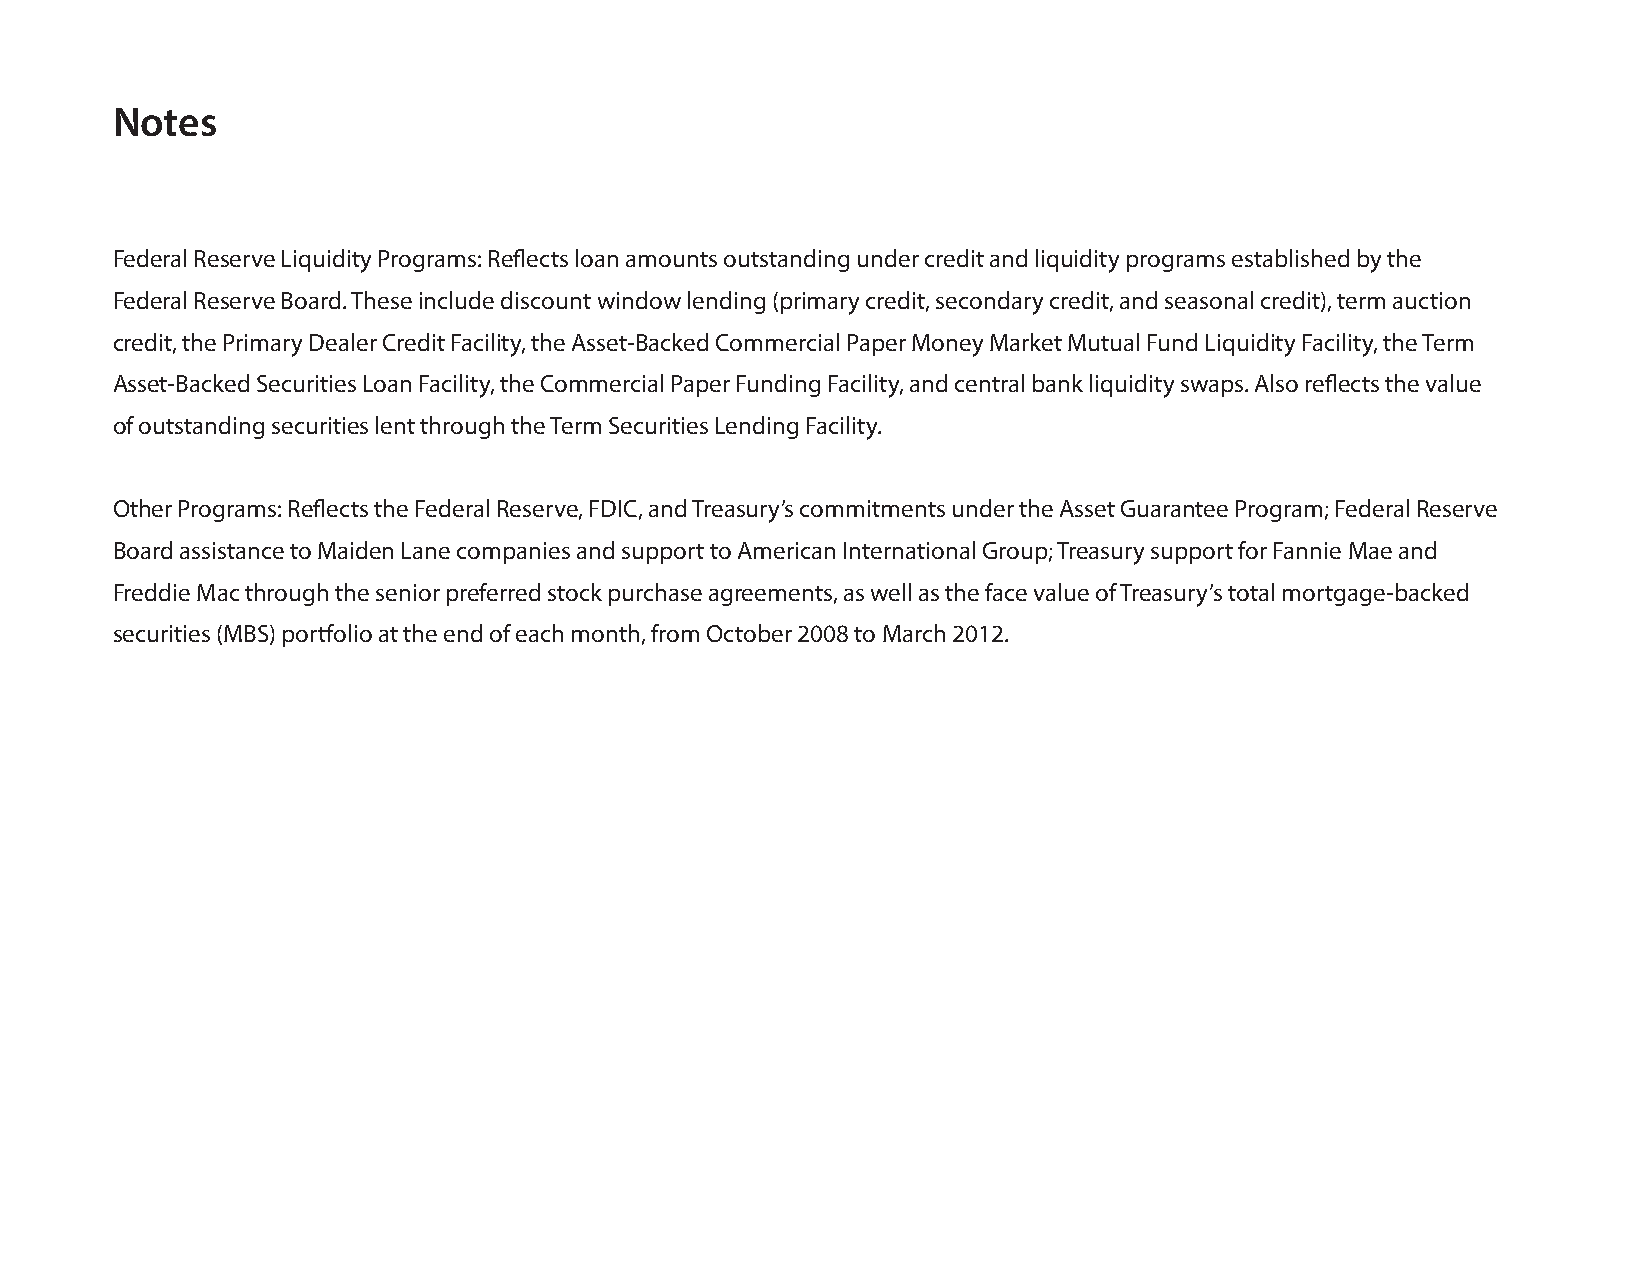
Notes
 Federal Reserve Liquidity Programs: Reflects loan amounts outstanding under credit and liquidity programs established by the
 Federal Reserve Board. These include discount window lending (primary credit, secondary credit, and seasonal credit), term auction
 credit, the Primary Dealer Credit Facility, the Asset-Backed Commercial Paper Money Market Mutual Fund Liquidity Facility, the Term
 Asset-Backed Securities Loan Facility, the Commercial Paper Funding Facility, and central bank liquidity swaps. Also reflects the value
 of outstanding securities lent through the Term Securities Lending Facility.
 Other Programs: Reflects the Federal Reserve, FDIC, and Treasury’s commitments under the Asset Guarantee Program; Federal Reserve
 Board assistance to Maiden Lane companies and support to American International Group; Treasury support for Fannie Mae and
 Freddie Mac through the senior preferred stock purchase agreements, as well as the face value of Treasury’s total mortgage-backed
 securities (MBS) portfolio at the end of each month, from October 2008 to March 2012.